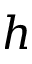
h